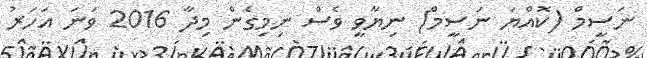
ނަސީމް (ކޮއްޔަ ނަސީމް) ނިޔާވީ ވެސް ނިމިގެން މިދާ 2016 ވަނަ އަހަރު